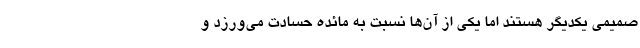
صمیمی یکدیگر هستند اما یکی از آن‌ها نسبت به مائده حسادت می‌ورزد و